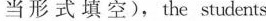
当形式填空),the students